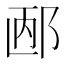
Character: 𲆐